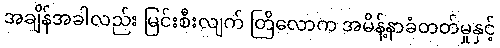
အချိန်အခါလည်း မြင်းစီးလျက် တြိလောက အမိန့်နာခံတတ်မှုနှင့်